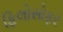
ફિલોસોફર